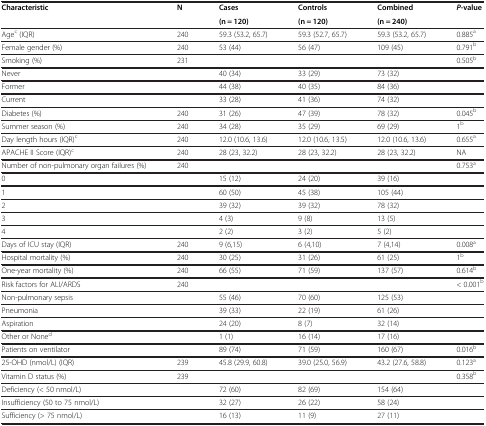
<table><thead><tr><td><b>Characteristic</b></td><td><b>N</b></td><td><b>Cases</b></td><td><b>Controls</b></td><td><b>Combined</b></td><td><b><i>P</i>-value</b></td></tr><tr><td><b> </b></td><td><b> </b></td><td><b>(n = 120)</b></td><td><b>(n = 120)</b></td><td><b>(n = 240)</b></td><td><b> </b></td></tr></thead><tbody><tr><td>Age<sup>c</sup> (IQR)</td><td>240</td><td>59.3 (53.2, 65.7)</td><td>59.3 (52.7, 65.7)</td><td>59.3 (53.2, 65.7)</td><td>0.885<sup>a</sup></td></tr><tr><td>Female gender (%)</td><td>240</td><td>53 (44)</td><td>56 (47)</td><td>109 (45)</td><td>0.791<sup>b</sup></td></tr><tr><td>Smoking (%)</td><td>231</td><td> </td><td> </td><td> </td><td>0.505<sup>b</sup></td></tr><tr><td>Never</td><td> </td><td>40 (34)</td><td>33 (29)</td><td>73 (32)</td><td> </td></tr><tr><td>Former</td><td> </td><td>44 (38)</td><td>40 (35)</td><td>84 (36)</td><td> </td></tr><tr><td>Current</td><td> </td><td>33 (28)</td><td>41 (36)</td><td>74 (32)</td><td> </td></tr><tr><td>Diabetes (%)</td><td>240</td><td>31 (26)</td><td>47 (39)</td><td>78 (32)</td><td>0.045<sup>b</sup></td></tr><tr><td>Summer season (%)</td><td>240</td><td>34 (28)</td><td>35 (29)</td><td>69 (29)</td><td>1<sup>b</sup></td></tr><tr><td>Day length hours (IQR)<sup>c</sup></td><td>240</td><td>12.0 (10.6, 13.6)</td><td>12.0 (10.6, 13.5)</td><td>12.0 (10.6, 13.6)</td><td>0.655<sup>a</sup></td></tr><tr><td>APACHE II Score (IQR)<sup>c</sup></td><td>240</td><td>28 (23, 32.2)</td><td>28 (23, 32.2)</td><td>28 (23, 32.2)</td><td>NA</td></tr><tr><td>Number of non-pulmonary organ failures (%)</td><td>240</td><td> </td><td> </td><td> </td><td>0.753<sup>a</sup></td></tr><tr><td>0</td><td> </td><td>15 (12)</td><td>24 (20)</td><td>39 (16)</td><td> </td></tr><tr><td>1</td><td> </td><td>60 (50)</td><td>45 (38)</td><td>105 (44)</td><td> </td></tr><tr><td>2</td><td> </td><td>39 (32)</td><td>39 (32)</td><td>78 (32)</td><td> </td></tr><tr><td>3</td><td> </td><td>4 (3)</td><td>9 (8)</td><td>13 (5)</td><td> </td></tr><tr><td>4</td><td> </td><td>2 (2)</td><td>3 (2)</td><td>5 (2)</td><td> </td></tr><tr><td>Days of ICU stay (IQR)</td><td>240</td><td>9 (6,15)</td><td>6 (4,10)</td><td>7 (4,14)</td><td>0.008<sup>a</sup></td></tr><tr><td>Hospital mortality (%)</td><td>240</td><td>30 (25)</td><td>31 (26)</td><td>61 (25)</td><td>1<sup>b</sup></td></tr><tr><td>One-year mortality (%)</td><td>240</td><td>66 (55)</td><td>71 (59)</td><td>137 (57)</td><td>0.614<sup>b</sup></td></tr><tr><td>Risk factors for ALI/ARDS</td><td>240</td><td> </td><td> </td><td> </td><td>&lt; 0.001<sup>b</sup></td></tr><tr><td>Non-pulmonary sepsis</td><td> </td><td>55 (46)</td><td>70 (60)</td><td>125 (53)</td><td> </td></tr><tr><td>Pneumonia</td><td> </td><td>39 (33)</td><td>22 (19)</td><td>61 (26)</td><td> </td></tr><tr><td>Aspiration</td><td> </td><td>24 (20)</td><td>8 (7)</td><td>32 (14)</td><td> </td></tr><tr><td>Other or None<sup>d</sup></td><td> </td><td>1 (1)</td><td>16 (14)</td><td>17 (16)</td><td> </td></tr><tr><td>Patients on ventilator</td><td> </td><td>89 (74)</td><td>71 (59)</td><td>160 (67)</td><td>0.016<sup>b</sup></td></tr><tr><td>25-OHD (nmol/L) (IQR)</td><td>239</td><td>45.8 (29.9, 60.8)</td><td>39.0 (25.0, 56.9)</td><td>43.2 (27.6, 58.8)</td><td>0.123<sup>a</sup></td></tr><tr><td>Vitamin D status (%)</td><td>239</td><td> </td><td> </td><td> </td><td>0.358<sup>b</sup></td></tr><tr><td>Deficiency (&lt; 50 nmol/L)</td><td> </td><td>72 (60)</td><td>82 (69)</td><td>154 (64)</td><td> </td></tr><tr><td>Insufficiency (50 to 75 nmol/L)</td><td> </td><td>32 (27)</td><td>26 (22)</td><td>58 (24)</td><td> </td></tr><tr><td>Sufficiency (&gt; 75 nmol/L)</td><td> </td><td>16 (13)</td><td>11 (9)</td><td>27 (11)</td><td> </td></tr></tbody></table>